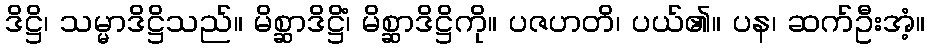
ဒိဋ္ဌိ၊ သမ္မာဒိဋ္ဌိသည်။ မိစ္ဆာဒိဋ္ဌိံ၊ မိစ္ဆာဒိဋ္ဌိကို။ ပဇဟတိ၊ ပယ်၏။ ပန၊ ဆက်ဦးအံ့။